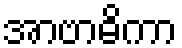
အာဗာဓိကာ